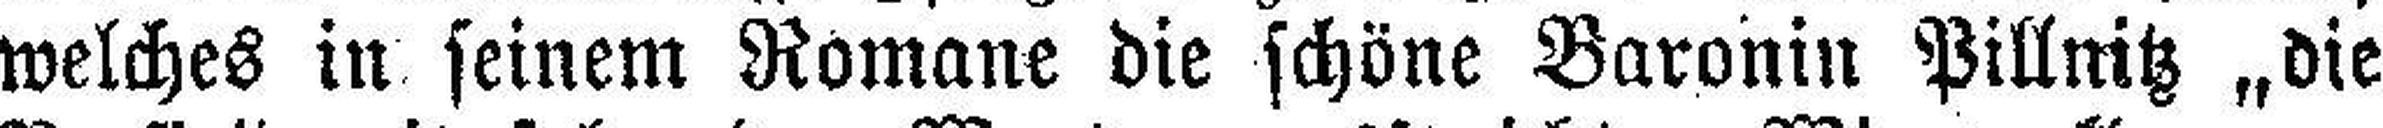
welches in seinem Romane die schöne Baronin Pillnitz „die